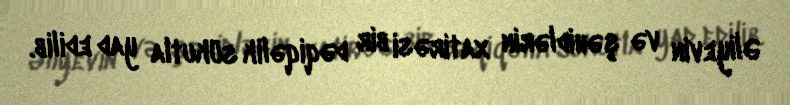
Əliyevin və şəhidlərin xatirəsi bir dəqiqəlik sükutla yad edilib.